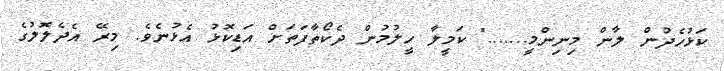
ކަޅުހެދުން ލާން މިނިންމީ......." ކަމީލާ ހީލުމުން ދެކޯތާފަތަށް އަޑިކޮޅު އެޅުނެވެ. މިރޭ އެދެލޮލުގެ